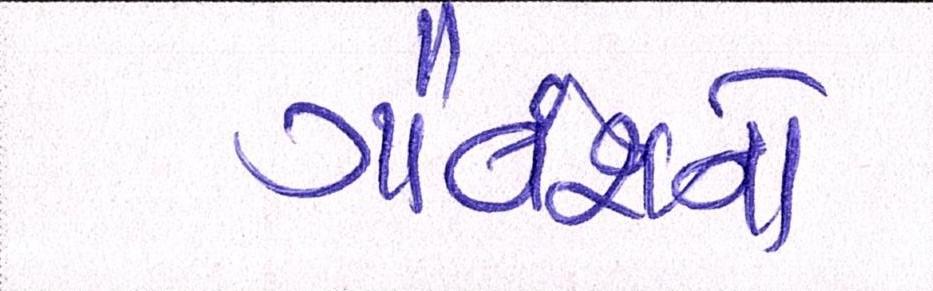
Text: ગૌવંશનો